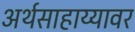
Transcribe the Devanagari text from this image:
अर्थसाहाय्यावर